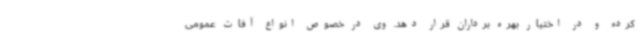
کرده و در اختیار بهره برداران قرار دهد. وی در خصوص انواع آفات عمومی